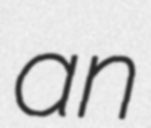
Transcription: an